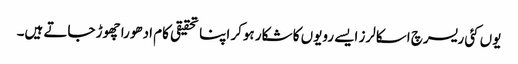
یوں کئی ریسرچ اسکالرز ایسے رویوں کا شکار ہوکر اپنا تحقیقی کام ادھورا چھوڑ جاتے ہیں۔